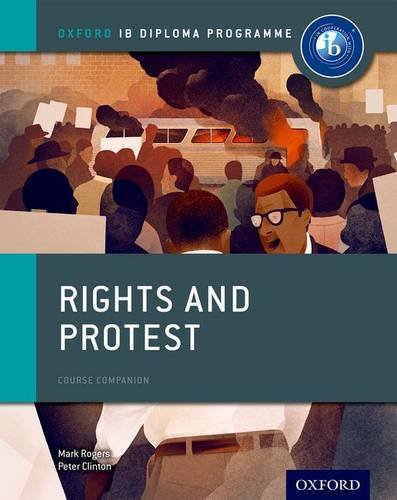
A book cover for Rights and Protest: IB History Course Book: Oxford IB Diploma Program; Peter Clinton; Teen & Young Adult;